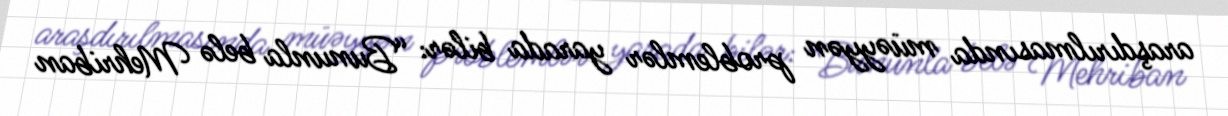
araşdırılmasında müəyyən problemlər yarada bilər: “Bununla belə Mehriban